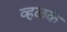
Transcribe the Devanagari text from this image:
व्हळके